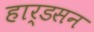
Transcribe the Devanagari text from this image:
हार्डसन